Annual report on the Civil Veterinary Department, Burma (including the Insein Veterinary School) - 1923-1931
Year: 1923
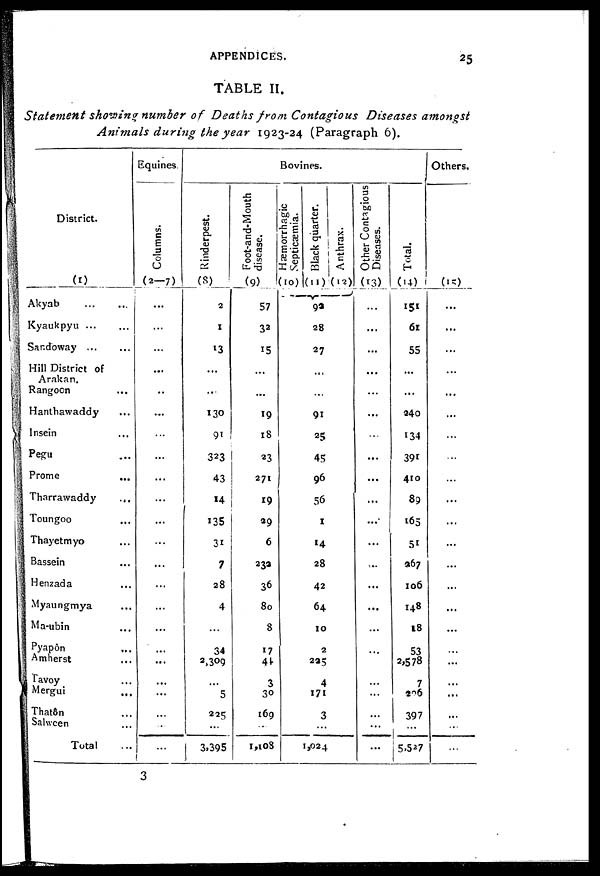
APPENDICES.
25
TABLE II.
Statement showing number of Deaths from Contagious Diseases amongst
Animals during the year 1923-24 (Paragraph 6).
District.
(1)
Akyab
...
...
Kyaukpyu ... ...
Sandoway
...
...
Hill District of
Arakan.
Rangoon ...
Hanthawaddy ...
Insein ...
Pegu ...
Prome ...
Tharrawaddy ...
Toungoo ...
Thayetmyo ...
Bassein ...
Henzada ...
Myaungmya ...
Ma-ubin ...
Pyapôn ...
Amherst ...
Tavoy ...
Mergui ...
Thatôn ...
Salween ...
Total ...
Equines.
Columns.
(2-7)
...
...
...
...
..
...
...
...
...
...
...
...
...
...
...
...
...
...
...
...
...
...
...
Bovines.
Rinderpest.
(8)
2
1
13
...
...
130
91
323
43
14
135
31
7
28
4
...
34
2,309
...
5
225
...
3,395
Foot-and-Mouth
disease.
(9)
57
32
15
...
...
19
18
23
271
19
29
6
23a
36
80
8
17
44
3
30
169
...
1,108
Hæmorrhagic
Septicæmia.
(10)
Black quarter.
(11)
Anthrax.
(12)
92
28
27
...
...
91
25
45
96
56
1
14
28
42
64
10
2
235
4
171
3
...
1,024
L
Other Contagious.
Diseases.
(13)
...
...
...
...
...
...
...
...
...
...
...
...
....
...
...
...
...
...
...
...
...
...
...
Total.
(14)
151
61
55
...
...
240
134
391
410
89
165
51
967
106
148
18
53
2,578
296
397
5,527
Others.
(15)
...
...
...
...
...
...
...
...
...
...
...
...
...
...
...
...
...
...
3